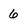
Character: 6